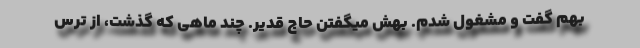
بهم گفت و مشغول شدم. بهش میگفتن حاج قدیر. چند ماهی که گذشت، از ترس